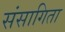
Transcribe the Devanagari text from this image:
संसागिता